Annual report of the Civil Veterinary Department, Bengal, for the year 1897-98 - 1897-1898
Year: 1897
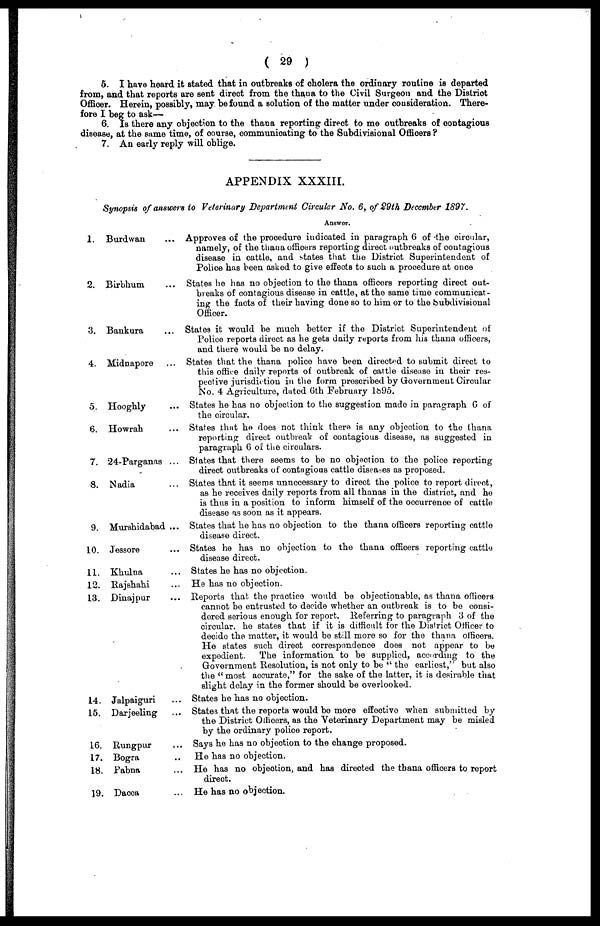
( 29 )
6. I have heard it stated that in outbreaks of cholera the ordinary routine is departed
from, and that reports are sent direct from the thana to the Civil Surgeon and the District
Officer. Herein, possibly, may be found a solution of the matter under consideration. There-
fore I beg to ask—
6. Is there any objection to the thana reporting direct to me outbreaks of contagious
disease, at the same time, of course, communicating to the Subdivisional Officers?
7. An early reply will oblige.
APPENDIX XXXIII.
Synopsis of answers to Veterinary Department Circular No. 6, of 29th December 1897.
1.
2.
3.
4.
5.
6.
7.
8.
9.
10.
11.
12.
13.
14.
15.
16.
17.
18.
19.
Burdwan
Birbhum
Bankura
Midnapore
Hooghly
Howrah
24-Parganas
Nadia
Murshidabad
Jessore
Khulna
Rajshahi
Dinajpur
Jalpaiguri
Darjeeling
Rungpur
Bogra
Pabna
Dacca
...
...
...
...
...
...
...
...
...
...
...
...
...
...
...
...
..
...
...
Answer.
Approves of the procedure indicated in paragraph 6 of the circular,
namely, of the thana officers reporting direct outbreaks of contagious
disease in cattle, and states that the District Superintendent of
Police has been asked to give effects to such a procedure at once
States he has no objection to the thana officers reporting direct out-
breaks of contagious disease in cattle, at the same time communicat-
ing the facts of their having done so to him or to the Subdivisional
Officer.
States it would be much better if the District Superintendent of
Police reports direct as he gets daily reports from his thana officers,
and there would be no delay.
States that the thana police have been directed to submit direct to
this office daily reports of outbreak of cattle disease in their res-
pective jurisdiction in the form prescribed by Government Circular
No. 4 Agriculture, dated 6th February 1895.
States he has no objection to the suggestion made in paragraph 6 of
the circular.
States that he does not think there is any objection to the thana
reporting direct outbreak of contagious disease, as suggested in
paragraph 6 of the circulars.
Slates that there seems to be no objection to the police reporting
direct outbreaks of contagious cattle diseases as proposed.
States that it seems unnecessary to direct the police to report direct,
as he receives daily reports from all thanas in the district, and he
is thus in a position to inform himself of the occurrence of cattle
disease as soon as it appears.
States that he has no objection to the thana officers reporting cattle
disease direct.
States he has no objection to the thana officers reporting cattle
disease direct.
States he has no objection.
He has no objection.
Reports that the practice would be objectionable, as thana officers
cannot be entrusted to decide whether an outbreak is to be consi-
dered serious enough for report. Referring to paragraph 3 of the
circular, he states that if it is difficult for the District Officer to
decide the matter, it would be still more so for the thana officers.
He states such direct correspondence does not appear to be
expedient.
The information to be supplied, according to the
Government Resolution, is not only to be "the earliest," but also
the "most accurate," for the Bake of the latter, it is desirable that
slight delay in the former should be overlooked.
States he has no objection.
States that the reports would be more effective when submitted by
the District Officers, as the Veterinary Department may be misled
by the ordinary police report.
Says he has no objection to the change proposed.
He has no objection.
He has no objection, and has directed the thana officers to report
direct.
He has no objection.